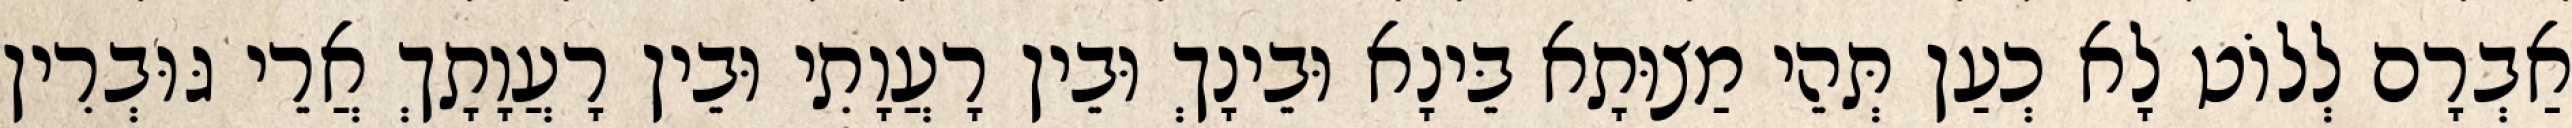
אַבְרָם לְלוֹט לָא כְעַן תְּהֵי מַצוּתָא בֵּינָא וּבֵינָךְ וּבֵין רָעֲוָתִי וּבֵין רָעֲוָתָךְ אֲרֵי גּוּבְרִין